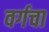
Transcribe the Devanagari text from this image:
वर्गचा